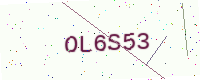
Text: OL6S53